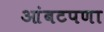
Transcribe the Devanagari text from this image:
आंबटपणा